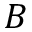
B